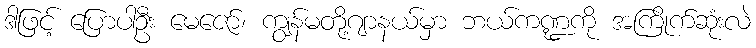
ဒါဖြင့် ပြောပါဦး မေဇော်၊ ကျွန်မတို့ဂျာနယ်မှာ ဘယ်ကဏ္ဍကို အကြိုက်ဆုံးလဲ